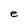
Character: e